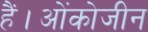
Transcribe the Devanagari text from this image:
हैं।ओंकोजीन